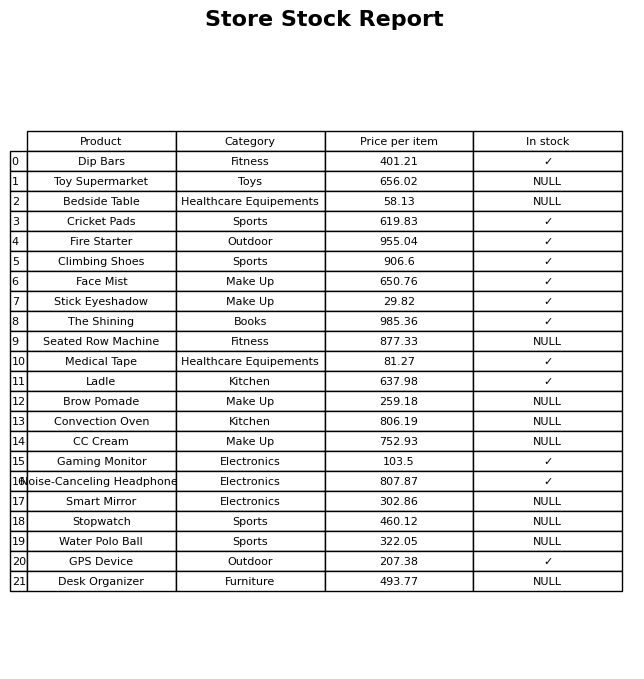
question: What is the price of the Stick Eyeshadow?
answer: The price of Stick Eyeshadow is 29.82.